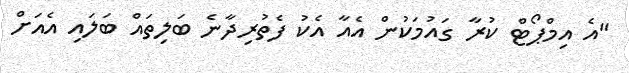
"އެ އިމްޕޯޓް ކުރާ ގައުމަކުން އެއާ އެކު ފެތުރިދާނެ ބަލިތައް ބަލައި އެއަށް